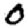
Digit: 0